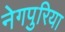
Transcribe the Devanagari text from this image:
नेगपुरिया